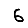
Digit: 6